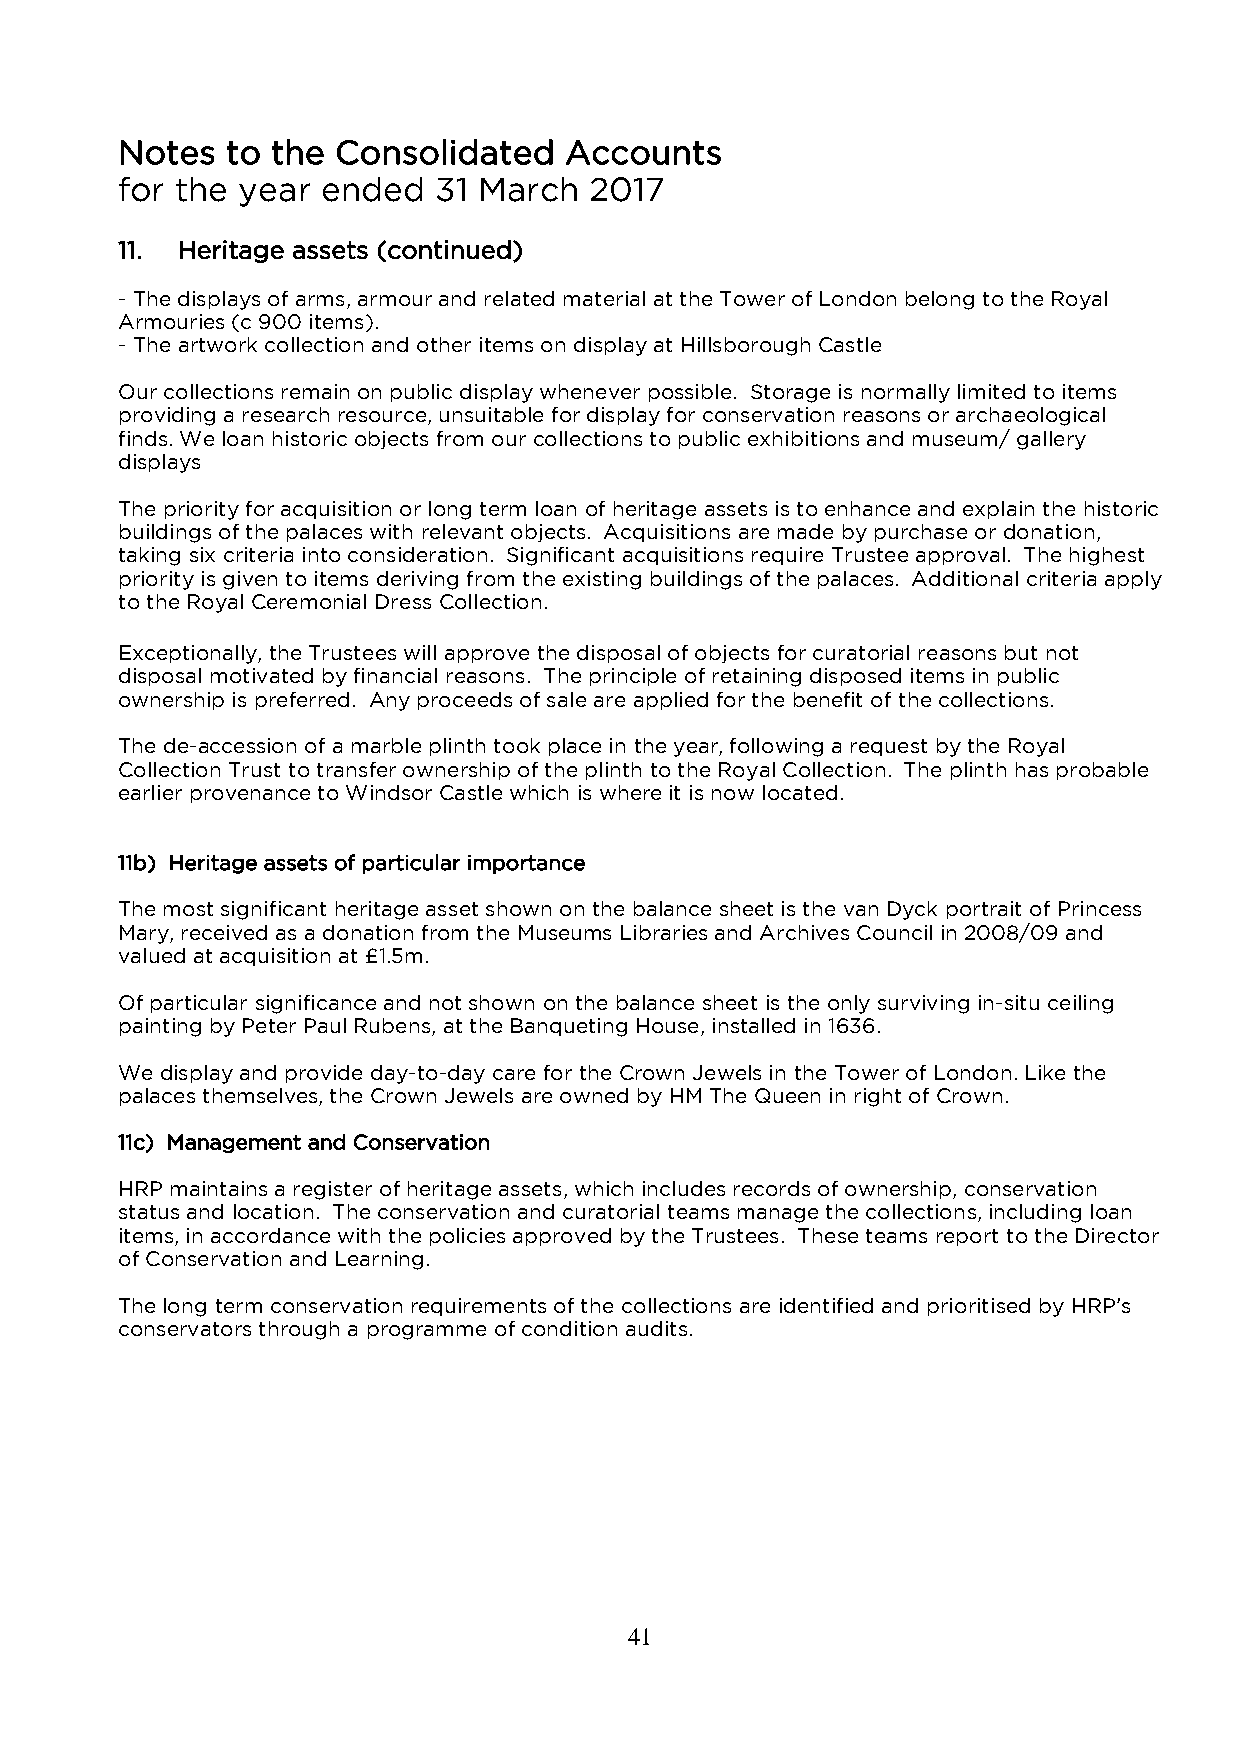
Notes  to the Consolidated   Accounts
 for the year ended   31 March  2017
 11. Heritage assets (continued)
 - The displays of arms, armour and related material at the Tower of London belong to the Royal
 Armouries (c 900 items).
 - The artwork collection and other items on display at Hillsborough Castle
 Our collections remain on public display whenever possible. Storage is normally limited to items
 providing a research resource, unsuitable for display for conservation reasons or archaeological
 finds. We loan historic objects from our collections to public exhibitions and museum/ gallery
 displays
 The priority for acquisition or long term loan of heritage assets is to enhance and explain the historic
 buildings of the palaces with relevant objects. Acquisitions are made by purchase or donation,
 taking six criteria into consideration. Significant acquisitions require Trustee approval. The highest
 priority is given to items deriving from the existing buildings of the palaces. Additional criteria apply
 to the Royal Ceremonial Dress Collection.
 Exceptionally, the Trustees will approve the disposal of objects for curatorial reasons but not
 disposal motivated by financial reasons. The principle of retaining disposed items in public
 ownership is preferred. Any proceeds of sale are applied for the benefit of the collections.
 The de-accession of a marble plinth took place in the year, following a request by the Royal
 Collection Trust to transfer ownership of the plinth to the Royal Collection. The plinth has probable
 earlier provenance to Windsor Castle which is where it is now located.
 11b) Heritage assets of particular importance
 The most significant heritage asset shown on the balance sheet is the van Dyck portrait of Princess
 Mary, received as a donation from the Museums Libraries and Archives Council in 2008/09 and
 valued at acquisition at £1.5m.
 Of particular significance and not shown on the balance sheet is the only surviving in-situ ceiling
 painting by Peter Paul Rubens, at the Banqueting House, installed in 1636.
 We display and provide day-to-day care for the Crown Jewels in the Tower of London. Like the
 palaces themselves, the Crown Jewels are owned by HM The Queen in right of Crown.
 11c) Management and Conservation
 HRP maintains a register of heritage assets, which includes records of ownership, conservation
 status and location. The conservation and curatorial teams manage the collections, including loan
 items, in accordance with the policies approved by the Trustees. These teams report to the Director
 of Conservation and Learning.
 The long term conservation requirements of the collections are identified and prioritised by HRP’s
 conservators through a programme of condition audits.
 41